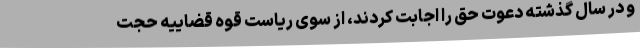
و در سال گذشته دعوت حق را اجابت کردند، از سوی ریاست قوه قضاییه حجت